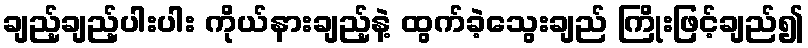
ချည့်ချည့်ပါးပါး ကိုယ်နားချည့်နဲ့ ထွက်ခဲ့သွေးချည် ကြိုးဖြင့်ချည်၍